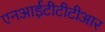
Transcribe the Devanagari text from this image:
एनआईटीटीटीआर